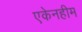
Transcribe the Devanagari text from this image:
एकेनहीम